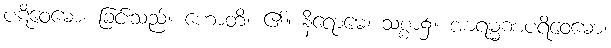
ပဋိဝေဓော၊ ခြင်းသည်။ ဟောတိ၊ ၏။ နိရောဓေ၊ သစ္စာ၌။ အာရမ္မဏပရိဝေဓော၊